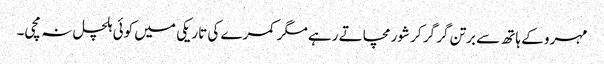
مہرو کے ہاتھ سے برتن گر گر کر شور مچاتے رہے مگر کمرے کی تاریکی میں کوئی ہلچل نہ مچی۔